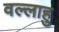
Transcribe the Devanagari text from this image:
वल्लाहु